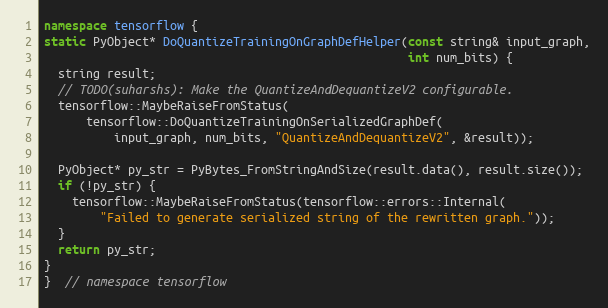
Language: C++
namespace tensorflow {
static PyObject* DoQuantizeTrainingOnGraphDefHelper(const string& input_graph,
                                                    int num_bits) {
  string result;
  // TODO(suharshs): Make the QuantizeAndDequantizeV2 configurable.
  tensorflow::MaybeRaiseFromStatus(
      tensorflow::DoQuantizeTrainingOnSerializedGraphDef(
          input_graph, num_bits, "QuantizeAndDequantizeV2", &result));

  PyObject* py_str = PyBytes_FromStringAndSize(result.data(), result.size());
  if (!py_str) {
    tensorflow::MaybeRaiseFromStatus(tensorflow::errors::Internal(
        "Failed to generate serialized string of the rewritten graph."));
  }
  return py_str;
}
}  // namespace tensorflow